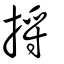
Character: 捋